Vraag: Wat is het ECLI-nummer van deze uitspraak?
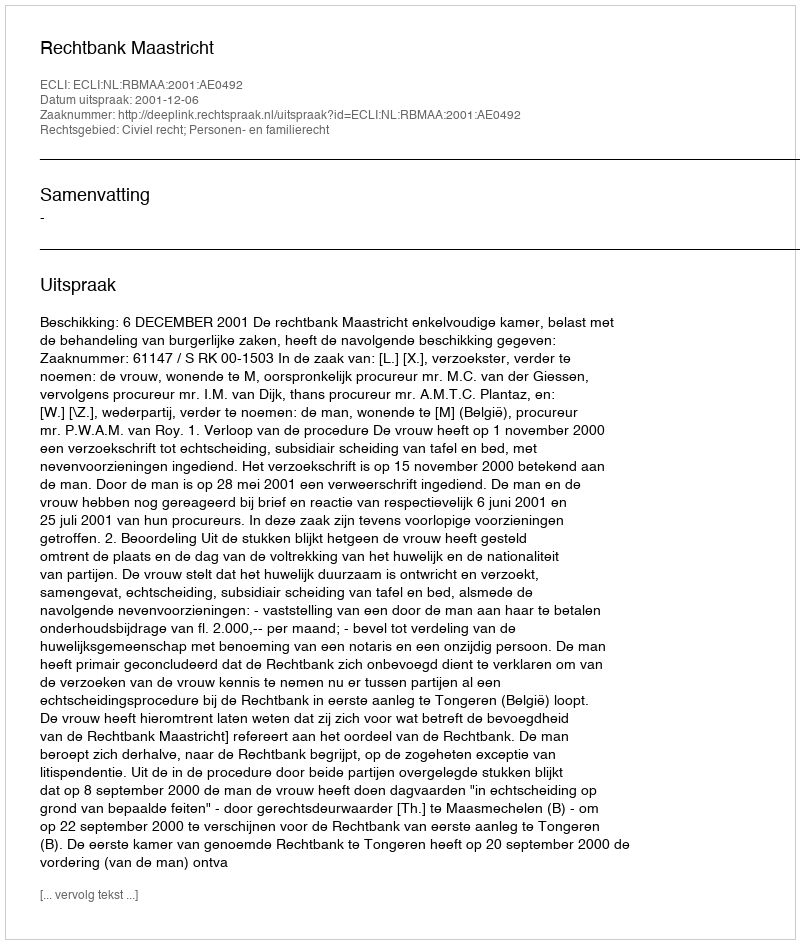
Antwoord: ECLI:NL:RBMAA:2001:AE0492